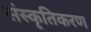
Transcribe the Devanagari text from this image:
संस्‍कृतिकरण